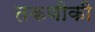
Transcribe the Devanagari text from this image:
तकणीकी